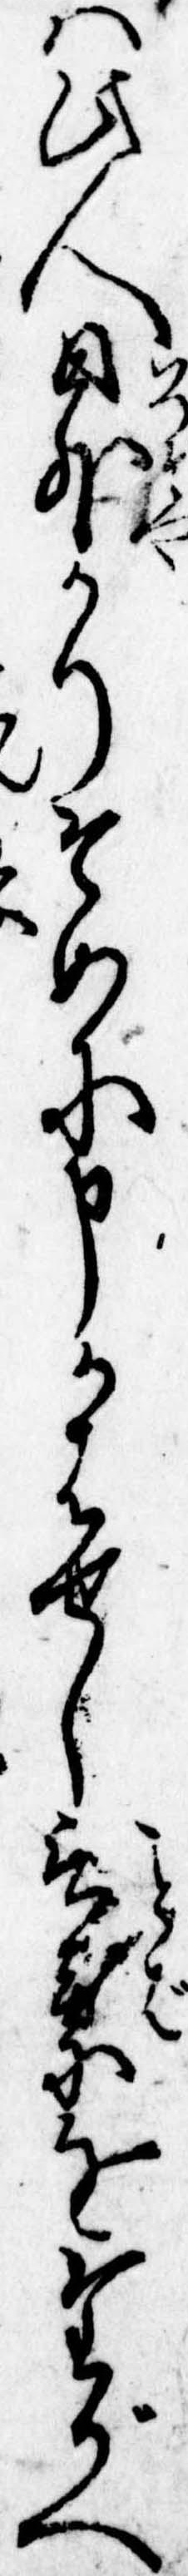
は此人日外かりそめに申かはせし言葉をたがへ